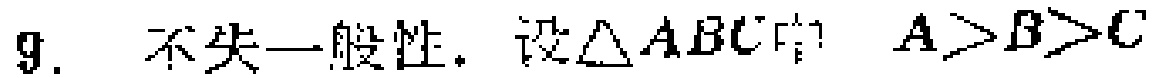
9. 不失一般性，设$\triangle ABC$中 $A > B > C$